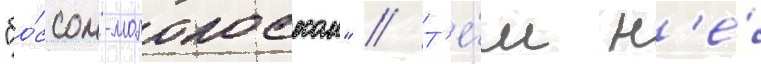
"бо́ссом-молокососом" // Т'е́м н'е́